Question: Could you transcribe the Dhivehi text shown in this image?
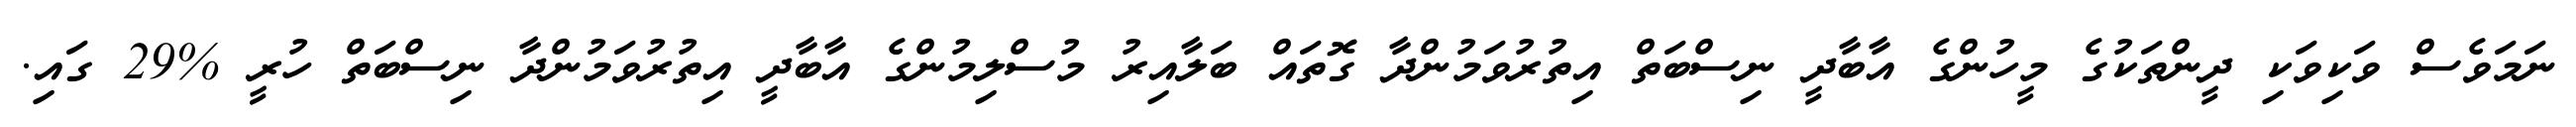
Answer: ނަމަވެސް ވަކިވަކި ދީންތަކުގެ މީހުންގެ އާބާދީ ނިސްބަތް އިތުރުވަމުންދާ ގޮތައް ބަލާއިރު މުސްލިމުންގެ އާބާދީ އިތުރުވަމުންދާ ނިސްބަތް ހުރީ %29 ގައި.